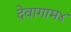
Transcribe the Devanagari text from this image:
देवागाम४